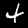
Label: 4